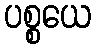
ပစ္စယေ